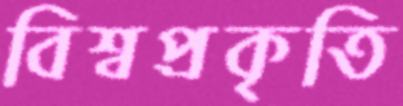
বিশ্বপ্রকৃতি